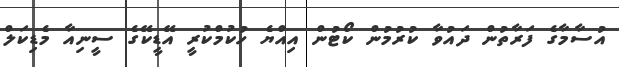
އުސާމާގެ ފަރާތުން ދައުވާ ކުރުމުން ކޯޓުން އިއްޔެ ހުކުމްކުރީ އޭޑީކޭގެ ސީނިއާ މެޑިކަލް